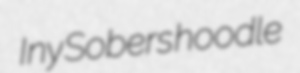
Iny Sobers hoodle